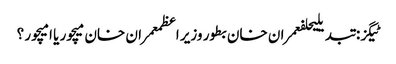
ٹیگز: تبدیلیحلفعمران خان بطور وزیر اعظمعمران خان میچور یا امیچور ؟